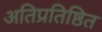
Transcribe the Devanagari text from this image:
अतिप्रतिष्ठित